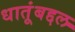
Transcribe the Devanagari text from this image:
धातूंबद्दल